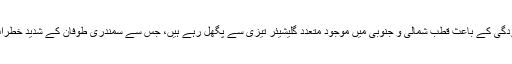
ماحولیاتی آلودگی کے باعث قطب شمالی و جنوبی میں موجود متعدد گلیشیئر تیزی سے پگھل رہے ہیں، جس سے سمندری طوفان کے شدید خطرات لاحق ہیں۔